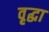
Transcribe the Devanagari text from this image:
वृृद्धा